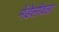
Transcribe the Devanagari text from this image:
मेंडेलीवला